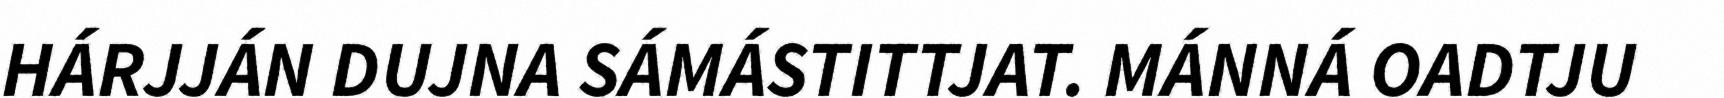
HÁRJJÁN DUJNA SÁMÁSTITTJAT. MÁNNÁ OADTJU